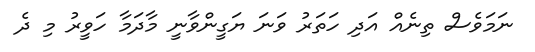
ނަމަވެސް ތިނެއް އަދި ހަތަރު ވަނަ ޔަގީންވާނީ މާދަމާ ހަވީރު މި ދެ